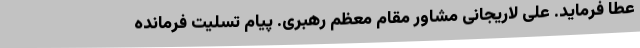
عطا فرماید. علی لاریجانی مشاور مقام معظم رهبری. پیام تسلیت فرمانده